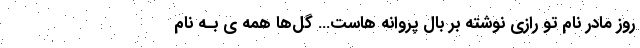
روز مادر نام تو رازی نوشته بر بال پروانه هاست… گل‌ها همه ی بـه نام